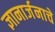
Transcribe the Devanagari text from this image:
ज्ञानार्जनाचे